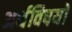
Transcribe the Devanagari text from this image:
अर्थविषयों